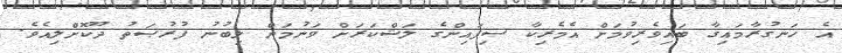
އެ ހަނގުރާމައިގާ ބައިވެރިވުމަށް އެމެރިކާ ސިފައިންގެ ލަޝްކަރަށް ވަނުމަށް ލިބުނު ފުރުޞަތު ދޫކޮށްލިއެވެ.